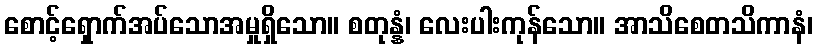
စောင့်ရှောက်အပ်သောအမှုရှိသော။ စတုန္နံ၊ လေးပါးကုန်သော။ အာသိစေတသိကာနံ၊